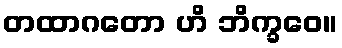
တထာဂတော ဟိ ဘိက္ခဝေ။